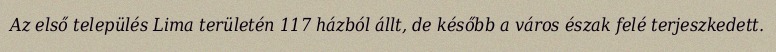
Az első település Lima területén 117 házból állt, de később a város észak felé terjeszkedett.